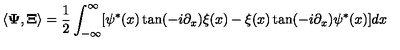
\langle { \bf \Psi } , { \bf \Xi } \rangle = \frac 1 2 \int _ { - \infty } ^ { \infty } [ \psi ^ { * } ( x ) \tan ( - i \partial _ { x } ) \xi ( x ) - \xi ( x ) \tan ( - i \partial _ { x } ) \psi ^ { * } ( x ) ] d x